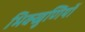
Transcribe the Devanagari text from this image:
भिक्खुणियों